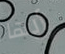
أيها